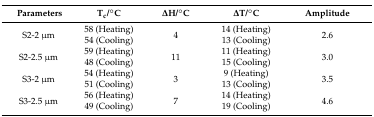
| Parameters | Tc/°C | ΔH/°C | ΔT/°C | Amplitude |
 | --- | --- | --- | --- | --- |
 | <ROWSPAN=2> S2-2 μm | 58 (Heating) | <ROWSPAN=2> 4 | 14 (Heating) | <ROWSPAN=2> 2.6 |
 | 54 (Cooling) | 13 (Cooling) |
 | <ROWSPAN=2> S2-2.5 μm | 59 (Heating) | <ROWSPAN=2> 11 | 11 (Heating) | <ROWSPAN=2> 3.0 |
 | 48 (Cooling) | 15 (Cooling) |
 | <ROWSPAN=2> S3-2 μm | 54 (Heating) | <ROWSPAN=2> 3 | 9 (Heating) | <ROWSPAN=2> 3.5 |
 | 51 (Cooling) | 13 (Cooling) |
 | <ROWSPAN=2> S3-2.5 μm | 56 (Heating) | <ROWSPAN=2> 7 | 14 (Heating) | <ROWSPAN=2> 4.6 |
 | 49 (Cooling) | 19 (Cooling) |